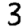
Digit: 3